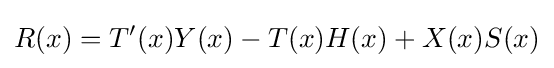
R(x)=T'(x)Y(x)-T(x)H(x)+X(x)S(x)